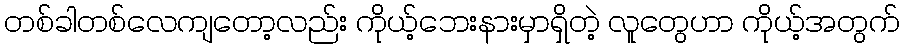
တစ်ခါတစ်လေကျတော့လည်း ကိုယ့်ဘေးနားမှာရှိတဲ့ လူတွေဟာ ကိုယ့်အတွက်